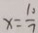
x = \frac { 1 0 } { 7 }